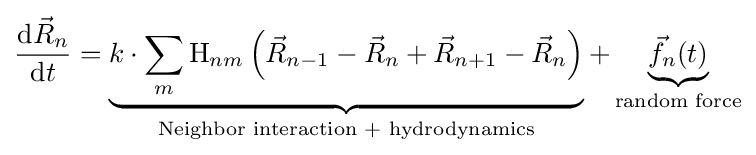
{\frac {\mathrm {d} {\vec {R}}_{n}}{\mathrm {d} t}}=\underbrace {k\cdot \sum \limits _{m}\mathrm {H} _{nm}\left({\vec {R}}_{n-1}-{\vec {R}}_{n}+{\vec {R}}_{n+1}-{\vec {R}}_{n}\right)} _{\text{Neighbor interaction + hydrodynamics}}+\underbrace {{\vec {f}}_{n}(t)} _{\text{random force}}